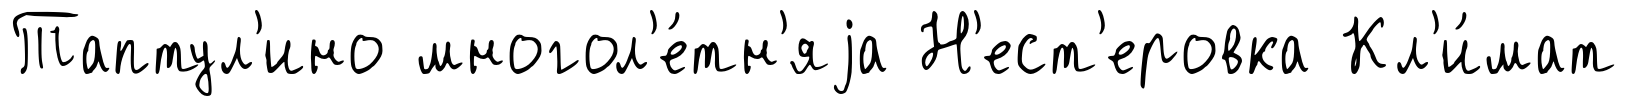
Таптул'ино многол'е́тн'яjа Н'ест'еровка Кл'и́мат